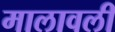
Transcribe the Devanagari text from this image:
मालावली